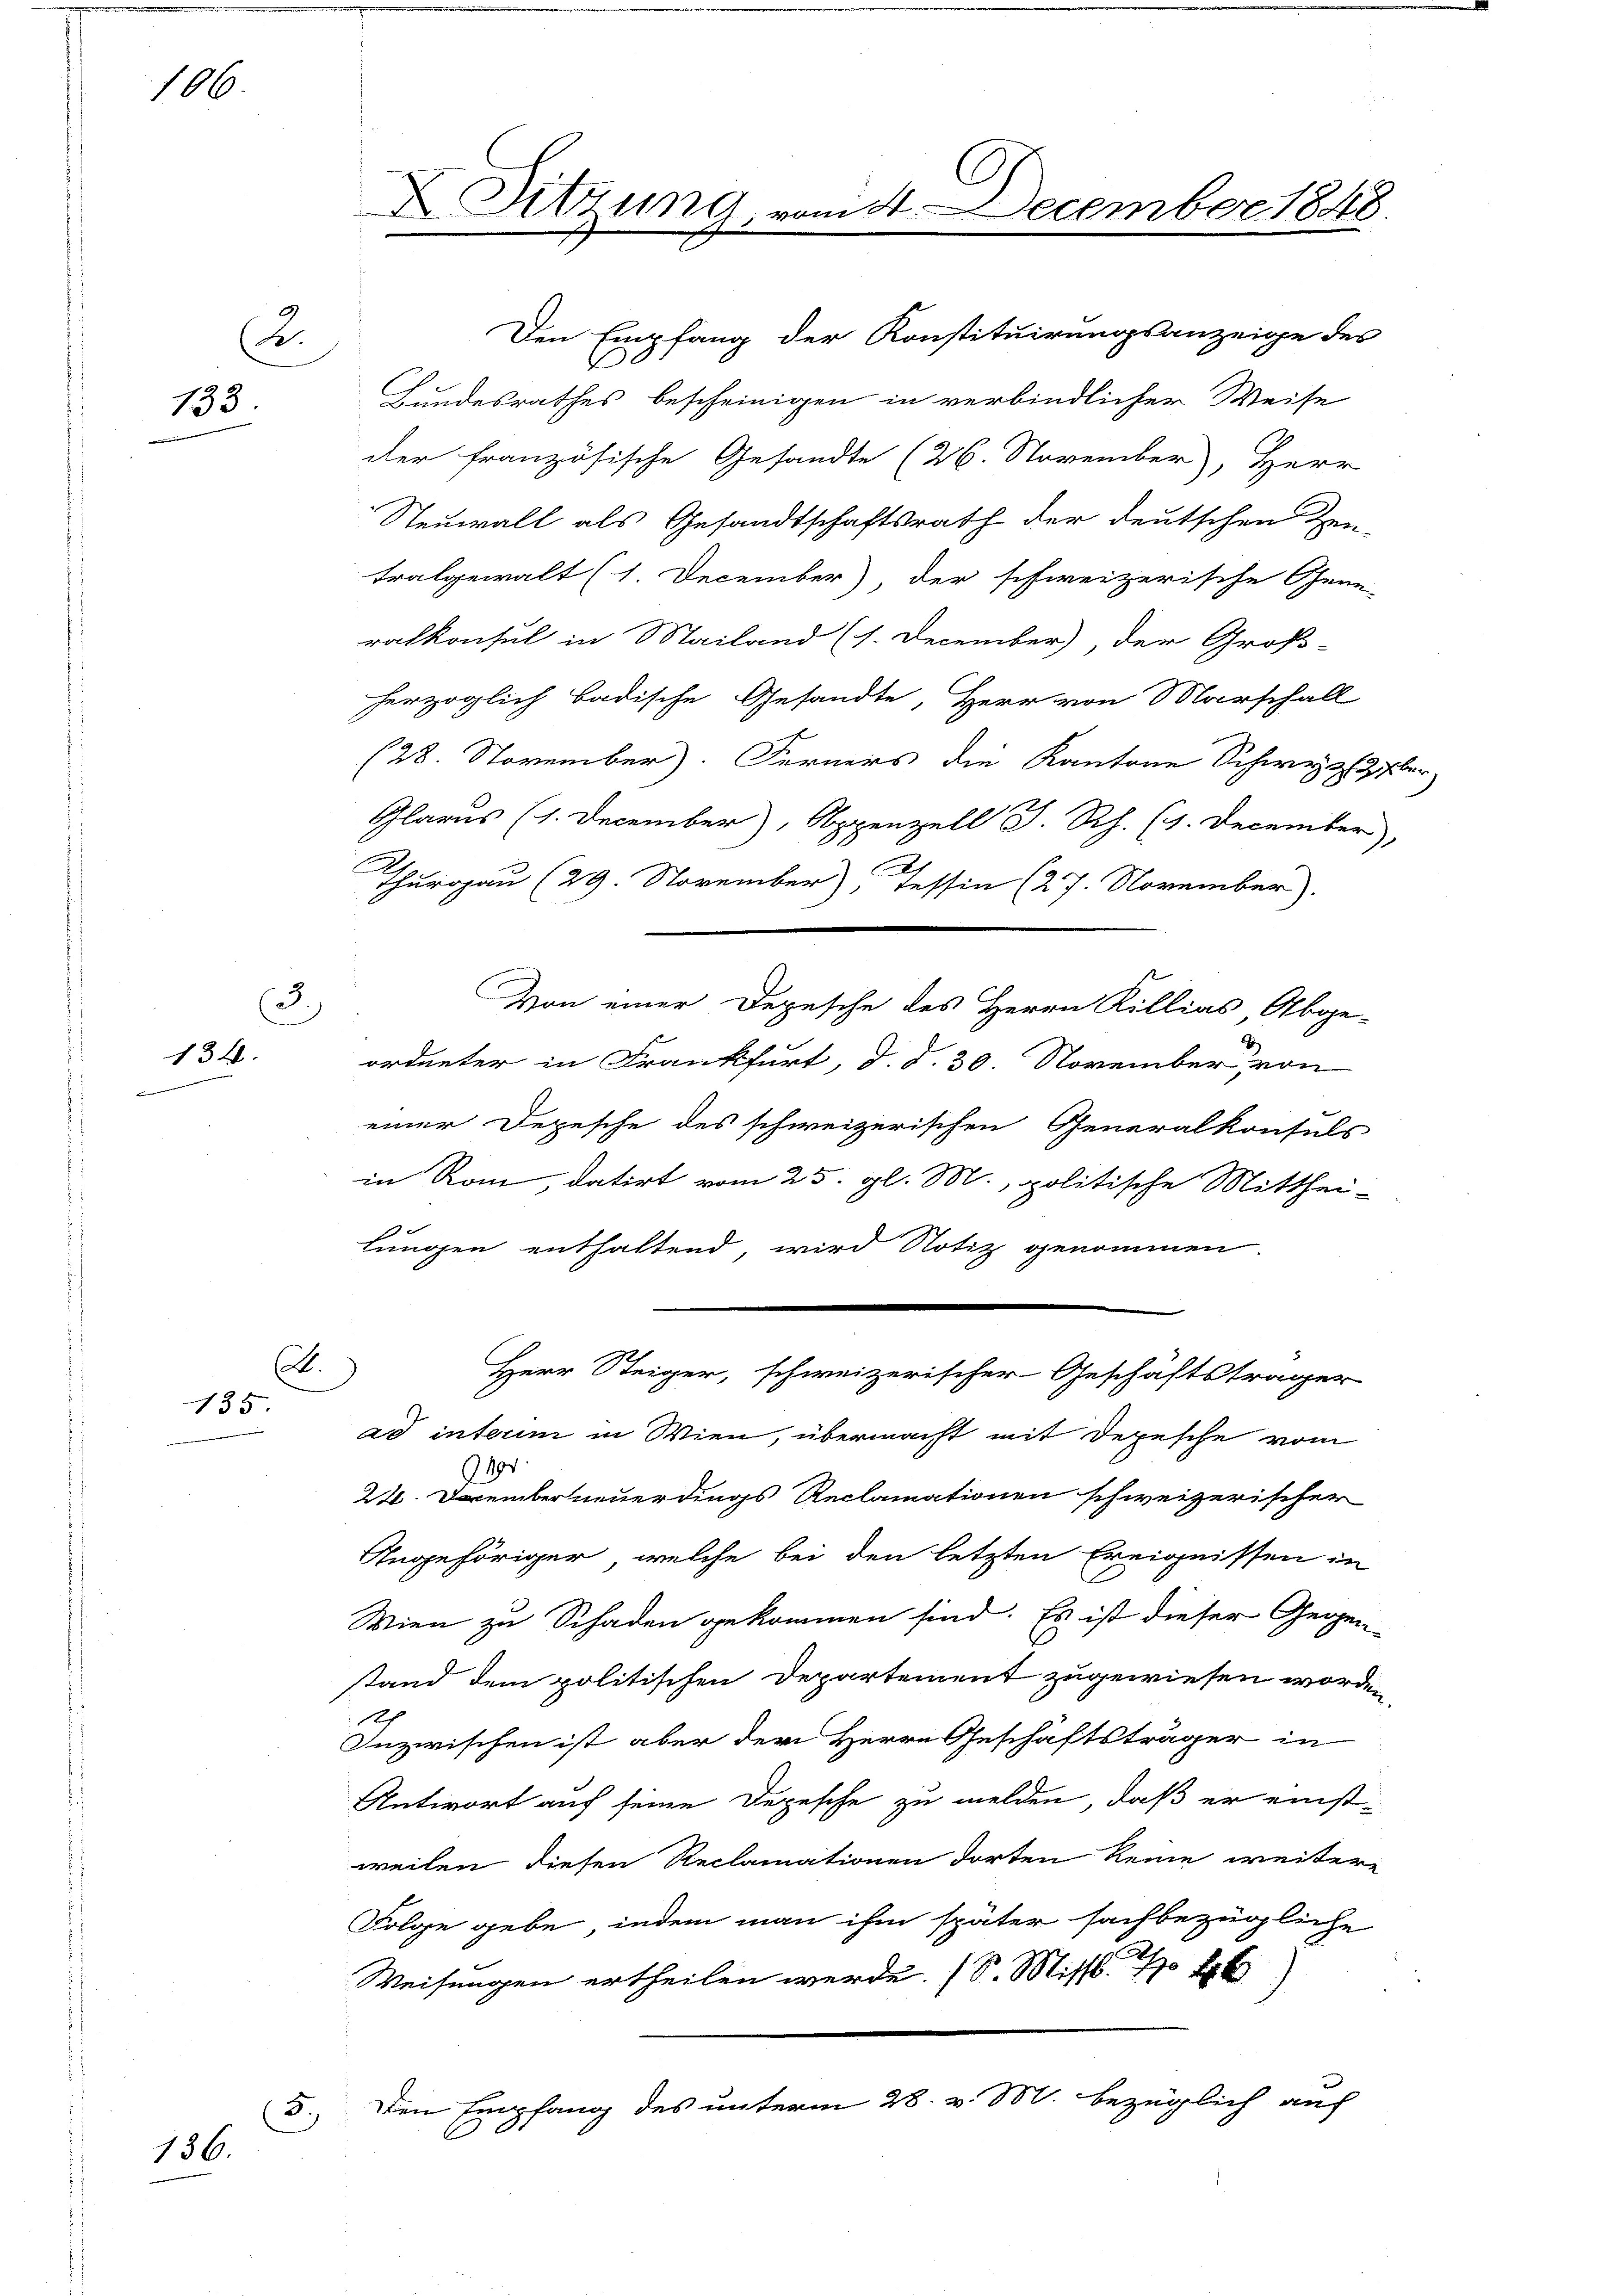
186.

C.
133.

3.)
134.

.
135

5.)
136.

.
Bundesrathes bescheinigen in verbindlicher Weise
der französische Gesandte (26. November, Herr
Neuwall als Gesandtschaftsrath der deutschen Zen-
tralgewalt (1. December) der schweizerische Gene-
ralkonsul in Mailand (s. December der Groß-
herzoglich badische Gesandte, Herr von Marschall
(28. November). Ferners die Kantone Schweizer-
Glarus (1. December, Appenzell I.Rh. (1. December,
.
Thurgau (29. November), Tessin (27. November).
Von einer Depesche des Herrn Rillias Abge-
ordneter in Frankfurt, d. d. 30. November, von
einer Depesche des schweizerischen Generalkonsuls
in Rom, datirt vom 25. gl. M., politische Mitthei-
x
lungen enthaltend, wird Notiz genommen.
Herr Steiger, schweizerischer Geschäftsträger
ad interm in Wien, übermacht mit Depesche vom
40
22. Dember neuerdings Reclamationen schweizerischer
Angehöriger, welche bei den letzten Ereignissen in
Wien zu Schaden gekommen sind. Es ist dieser Gegenstand dem politischen Departement zugewiesen worden,
Inzwischen ist aber der Herrn Geschäftsträger in
Antwort auf seine Depesche zu melden, daß er einstweilen diesen Reclamationen dorten keine weitere
Folge gebe, indem man ihm später sachbezügliche
Weisungen ertheilen werde. (S. Miss. 116)
Den Empfang des unterm 28. v. M. bezüglich auf
C.

X Sitzung, vom 4. December 1848.

Den Empfang der Konstituirungsanzeige des